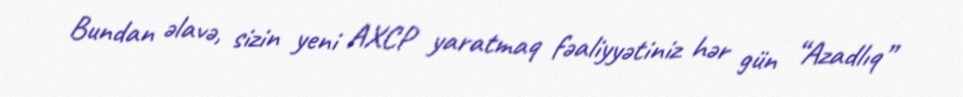
Bundan əlavə, sizin yeni AXCP yaratmaq fəaliyyətiniz hər gün “Azadlıq”